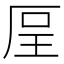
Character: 𠩥